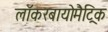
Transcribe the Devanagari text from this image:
लॉकरबायोमैट्रिक